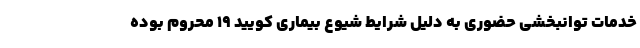
خدمات توانبخشی حضوری به دلیل شرایط شیوع بیماری کویید ۱۹ محروم بوده